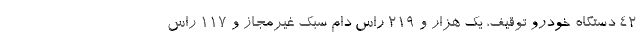
۴۲ دستگاه خودرو توقیف، یک هزار و ۲۱۹ راس دام سبک غیرمجاز و ۱۱۷ راس